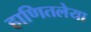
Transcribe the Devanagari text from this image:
हाणितलेया